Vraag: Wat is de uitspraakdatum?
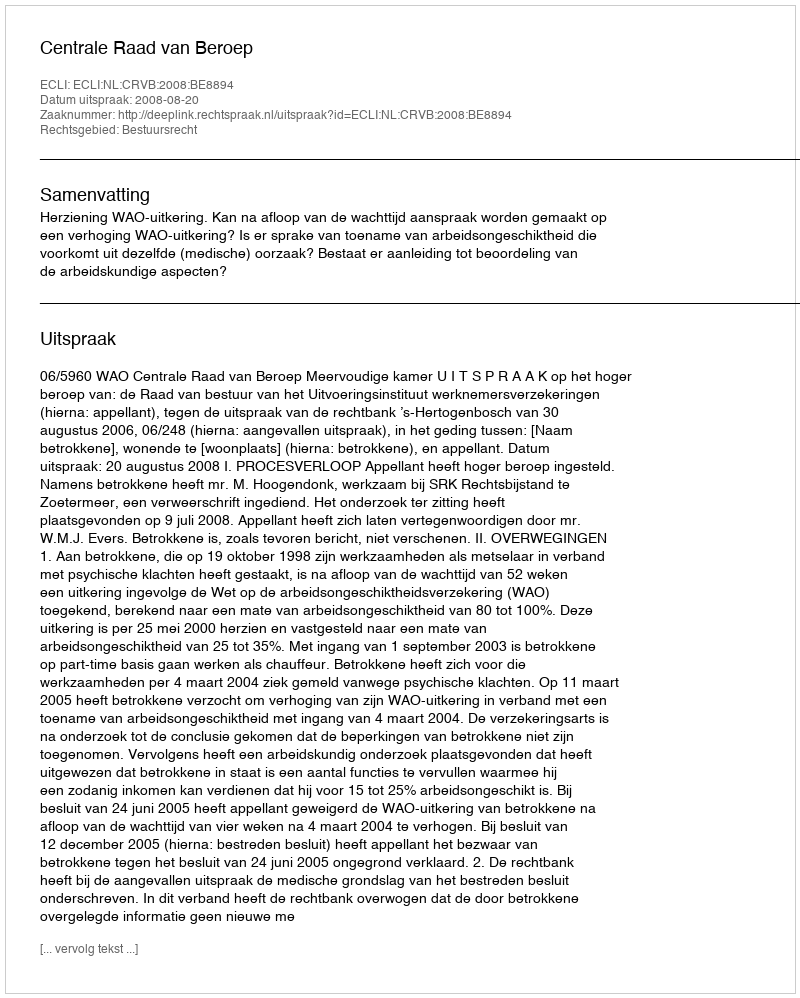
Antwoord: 2008-08-20